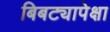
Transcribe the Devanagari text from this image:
बिबट्यापेक्षा